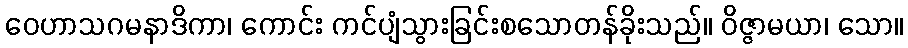
ဝေဟာသဂမနာဒိကာ၊ ကောင်း ကင်ပျံသွားခြင်းစသောတန်ခိုးသည်။ ဝိဇ္ဇာမယာ၊ သော။